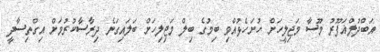
އަބްދުލްޣަފޫރު މޫސާ މަޖިލީހަށް ހުށަހެޅުއްވި ބިމުގެ ބިލް މަޖިލިހަށް ބަލައިގަނެ ދިރާސާކުރުމަށް އިގްތިސާދީ